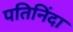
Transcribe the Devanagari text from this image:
पतिनिंदा